Investigations on Bengal jail dietaries - Number 37
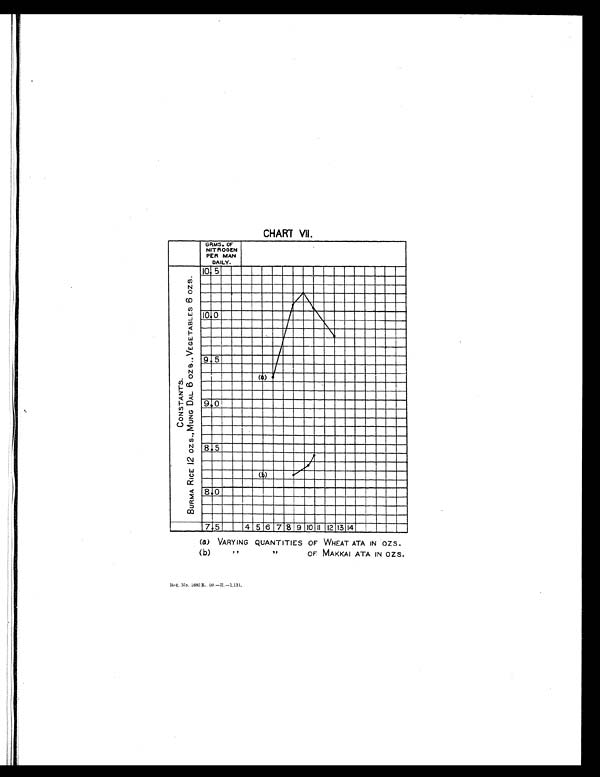
CHART VII.
(a) VARYING QUANTITIES OF WHEAT ATA IN OZS.
(b)" " OF MAKKAI ATA IN OZS.
Reg. No. 1880 E. . 09. —H. —1, 131.